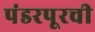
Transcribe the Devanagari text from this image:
पंडरपूरची